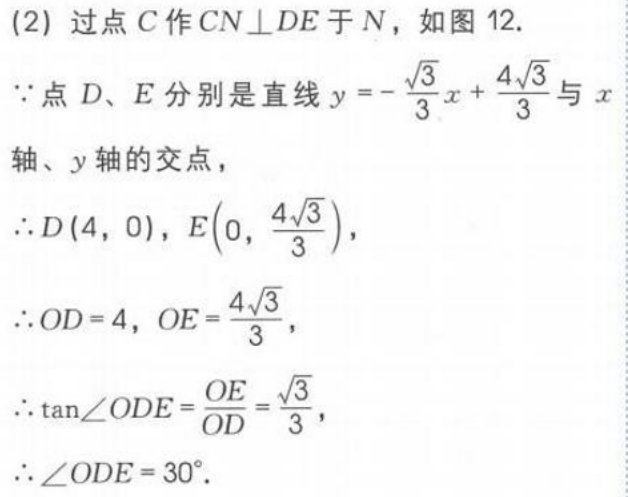
(2) 过点$C$作$CN\perp DE$于$N$，如图 12.
$\because$点$D、E$分别是直线$y =-\dfrac{\sqrt{3}}{3}x+\dfrac{4\sqrt{3}}{3}$与$x$轴、$y$轴的交点，
$\therefore D(4,0)$，$E\left(0,\dfrac{4\sqrt{3}}{3}\right)$，
$\therefore OD = 4$，$OE=\dfrac{4\sqrt{3}}{3}$，
$\therefore \tan\angle ODE=\dfrac{OE}{OD}=\dfrac{\sqrt{3}}{3}$，
$\therefore \angle ODE = 30^{\circ}$.